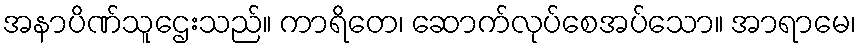
အနာပိဏ်သူဌေးသည်။ ကာရိတေ၊ ဆောက်လုပ်စေအပ်သော။ အာရာမေ၊